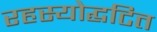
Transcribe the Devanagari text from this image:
रहस्योद्घटित